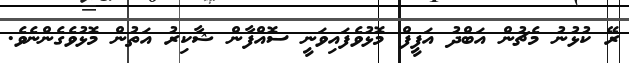
ރޭ ކުޅުނު މެޗުން އަބްދު އަފީފް މޮޅުވެފައިވަނީ ސޮއްފާން ޝާކިރު އަތުން މޮޅުވެގެންނެވެ.